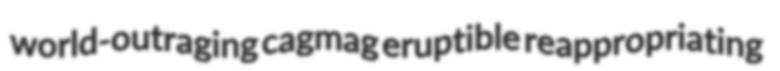
world-outraging cagmag eruptible reappropriating